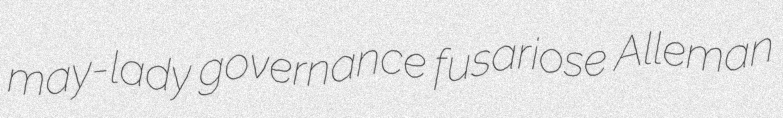
may-lady governance fusariose Alleman